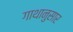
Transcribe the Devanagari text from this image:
गाथानुसार